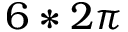
6 * 2 \pi